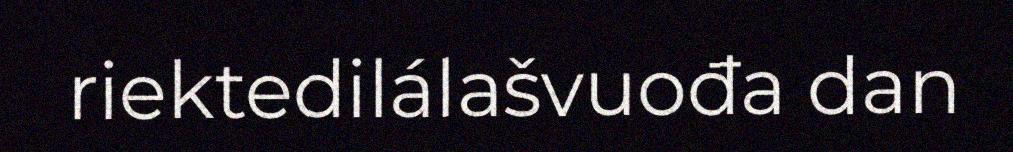
riektedilálašvuođa dan